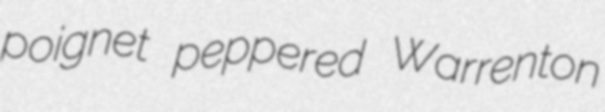
poignet peppered Warrenton